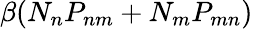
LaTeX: \beta(N_{n}P_{nm}+N_{m}P_{mn})